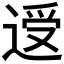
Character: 𰻃